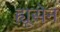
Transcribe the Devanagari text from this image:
ह्यूसेन